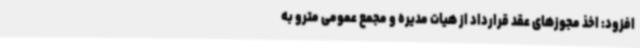
افزود: اخذ مجوزهای عقد قرارداد از هیات مدیره و مجمع عمومی مترو به